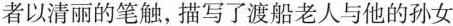
者以清丽的笔触，描写了渡船老人与他的孙女